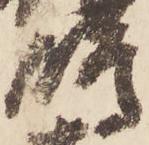
嶋